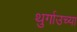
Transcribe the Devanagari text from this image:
थुर्गाउच्या